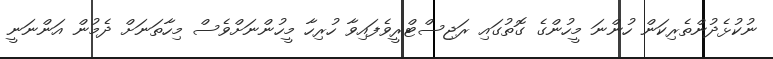
ނުކުޅެދުންތެރިކަން ހުންނަ މީހުންގެ ގޮތުުގައި ރަޖިސްޓްރީވެފައިވާ ހުރިހާ މީހުންނަށްވެސް މިހާތަނަށް ދެމުން އަންނަނީ